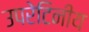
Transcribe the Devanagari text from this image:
उपरेटिनीय